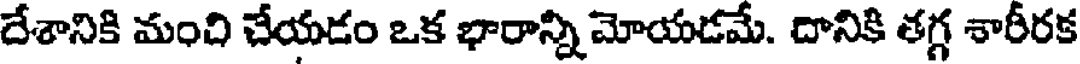
దేశానికి మంది చేయడం ఒక భారాన్ని మోయడమే. దానికి తగ్గ శారీరక